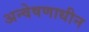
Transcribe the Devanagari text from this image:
अन्वेषणाधीन